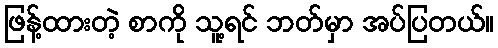
ဖြန့်ထားတဲ့ စာကို သူ့ရင် ဘတ်မှာ အပ်ပြတယ်။